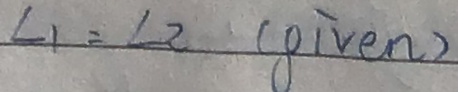
\angle 1 = \angle 2 ( g i v e n )